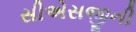
સીએસજીની